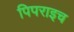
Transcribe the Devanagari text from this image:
पिपराइच